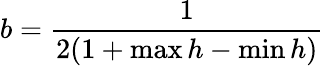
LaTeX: b=\frac{1}{2(1+\operatorname*{max}h-\operatorname*{min}h)}